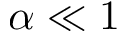
\alpha \ll 1